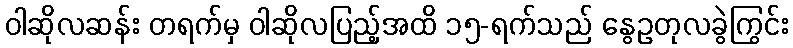
ဝါဆိုလဆန်း တရက်မှ ဝါဆိုလပြည့်အထိ ၁၅-ရက်သည် နွေဥတုလခွဲကြွင်း